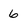
Character: 6